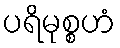
ပရိမုစ္စဟံ